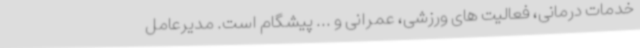
خدمات درمانی، فعالیت های ورزشی، عمرانی و ... پیشگام است. مدیرعامل